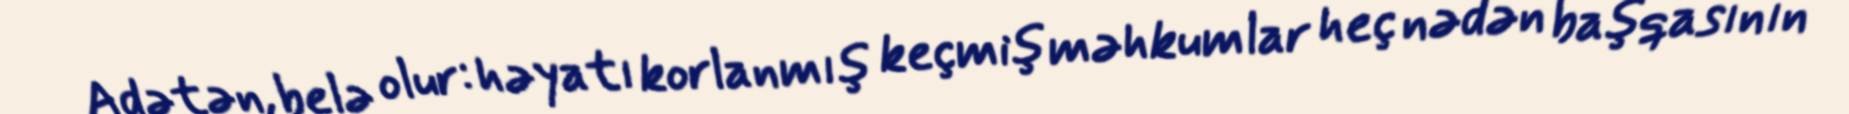
Adətən, belə olur: həyatı korlanmış keçmiş məhkumlar heç nədən başqasının